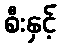
စီးနှင့်